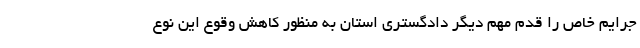
جرایم خاص را قدم مهم دیگر دادگستری استان به منظور کاهش وقوع این نوع